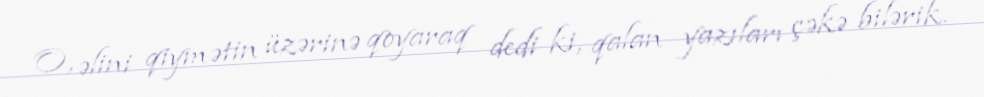
O, əlini qiymətin üzərinə qoyaraq dedi ki, qalan yazıları çəkə bilərik.